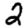
Digit: 2